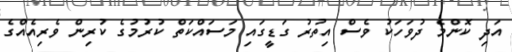
އަދި ކޮންމެ ދުވަހަކު ވެސް އިތުރު ގަޑީގައި މަސައްކަތް ކުރުމުގެ ކުރިން ވެރިއެއްގެ